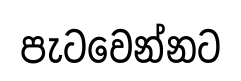
පැටවෙන්නට